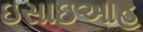
ઇસાઇઆહ